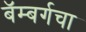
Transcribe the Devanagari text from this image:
बॅम्बर्गचा